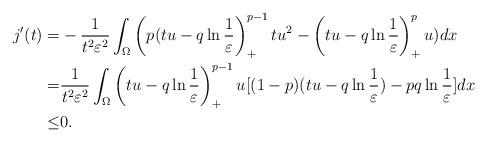
LaTeX: \begin{align*}j'(t)=&-\frac{1}{t^2\varepsilon^2}\int_{\Omega}\left(p(tu-q\ln\frac{1}{\varepsilon}\right)_+^{p-1}tu^2-\left(tu-q\ln\frac{1}{\varepsilon}\right)_+^{p}u)dx\\=&\frac{1}{t^2\varepsilon^2}\int_{\Omega}\left(tu-q\ln\frac{1}{\varepsilon}\right)_+^{p-1}u[(1-p)(tu-q\ln\frac{1}{\varepsilon})-pq\ln\frac{1}{\varepsilon}]dx\\\leq &0.\end{align*}